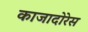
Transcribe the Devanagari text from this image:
काजादोरेस